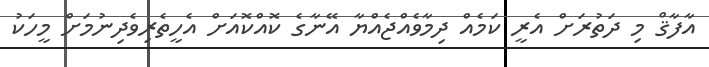
އާފާޤް މި ދަތުރަށް އެރީ ކަމެއް ދިމާވެއްޖެއްޔާ އޭނާގެ ކޮއްކޮއަށް އެހީތެރިވެދިނުމަށް މީހަކު